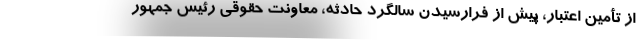
از تأمین اعتبار، پیش از فرارسیدن سالگرد حادثه، معاونت حقوقی رئیس جمهور